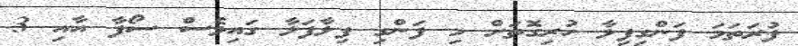
ފުރަތަމަ ފަންގިފިލާ ހުރިގޮތަށް މި ފަންގި ފިލާފަލާ ގައިވެސް ސޯފާ އާއި 3